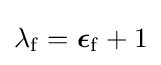
\mathrm {\lambda } _{\mathrm {f} }={\boldsymbol {\epsilon }}_{\mathrm {f} }+1